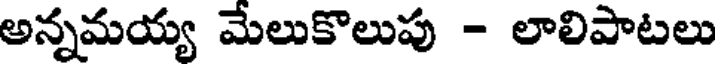
అన్నమయ్య మేలుకొలుపు - లాలిపాటలు